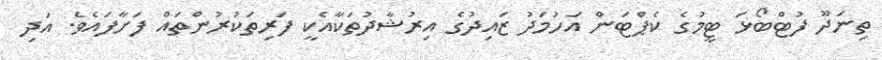
ތިނަދޫ ފުޓްބޯޅަ ޓީމުގެ ކެޕްޓަން އަހުމަދު ޒައިދުގެ އިރުޝާދުތަކާއެކީ ފަރިތަކުރުންތައް ފަށާފައެވެ. އަދި